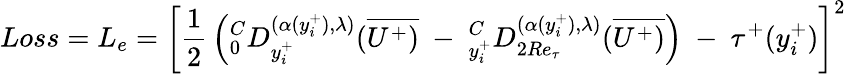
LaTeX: Loss=L_{e}=\left[{\frac{1}{2}}\left(_{0}^{C}D_{y_{i}^{+}}^{(\alpha(y_{i}^{+}),\lambda)}(\overline{{U^{+})}}~-~_{y_{i}^{+}}^{C}D_{2Re_{\tau}}^{{(\alpha(y_{i}^{+}),\lambda)}}(\overline{{U^{+})}}\right)~-~\tau^{+}(y_{i}^{+})\right]^{2}